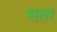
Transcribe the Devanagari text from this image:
सतरं